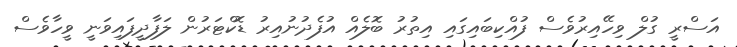
އަސްރީ ގުލް ވިހޭއިރުވެސް ފުއްކިބައިގައި އިތުރު ބޮލެއް އުފެދުނުއިރު ޑޮކްޓަރުން ލަފާދީފައިވަނީ ވީހާވެސް